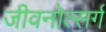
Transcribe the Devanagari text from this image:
जीवनोत्सर्ग